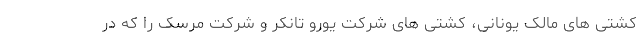
کشتی های مالک یونانی، کشتی های شرکت یورو تانکر و شرکت مرسک را که در